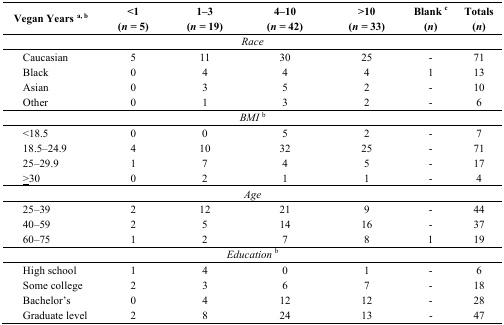
<table><thead><tr><td><b>Vegan Years <sup>a, b</sup></b></td><td><b>&lt;1(<i>n =</i> 5)</b></td><td><b>1–3(<i>n =</i> 19)</b></td><td><b>4–10(<i>n =</i> 42)</b></td><td><b>&gt;10(<i>n =</i> 33)</b></td><td><b>Blank <sup>c</sup> (<i>n</i>)</b></td><td><b>Totals (<i>n</i>)</b></td></tr></thead><tbody><tr><td colspan="7"><i>Race</i></td></tr><tr><td> Caucasian</td><td>5</td><td>11</td><td>30</td><td>25</td><td>-</td><td>71</td></tr><tr><td> Black</td><td>0</td><td>4</td><td>4</td><td>4</td><td>1</td><td>13</td></tr><tr><td> Asian</td><td>0</td><td>3</td><td>5</td><td>2</td><td>-</td><td>10</td></tr><tr><td> Other</td><td>0</td><td>1</td><td>3</td><td>2</td><td>-</td><td>6</td></tr><tr><td colspan="7"><i>BMI</i><sup>b</sup></td></tr><tr><td> &lt;18.5</td><td>0</td><td>0</td><td>5</td><td>2</td><td>-</td><td>7</td></tr><tr><td> 18.5–24.9</td><td>4</td><td>10</td><td>32</td><td>25</td><td>-</td><td>71</td></tr><tr><td> 25–29.9</td><td>1</td><td>7</td><td>4</td><td>5</td><td>-</td><td>17</td></tr><tr><td> ≥30</td><td>0</td><td>2</td><td>1</td><td>1</td><td>-</td><td>4</td></tr><tr><td colspan="7"><i>Age</i></td></tr><tr><td> 25–39</td><td>2</td><td>12</td><td>21</td><td>9</td><td>-</td><td>44</td></tr><tr><td> 40–59</td><td>2</td><td>5</td><td>14</td><td>16</td><td>-</td><td>37</td></tr><tr><td> 60–75</td><td>1</td><td>2</td><td>7</td><td>8</td><td>1</td><td>19</td></tr><tr><td colspan="7"><i>Education</i><sup>b</sup></td></tr><tr><td> High school</td><td>1</td><td>4</td><td>0</td><td>1</td><td>-</td><td>6</td></tr><tr><td> Some college</td><td>2</td><td>3</td><td>6</td><td>7</td><td>-</td><td>18</td></tr><tr><td> Bachelor’s</td><td>0</td><td>4</td><td>12</td><td>12</td><td>-</td><td>28</td></tr><tr><td> Graduate level</td><td>2</td><td>8</td><td>24</td><td>13</td><td>-</td><td>47</td></tr></tbody></table>